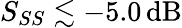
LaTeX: S_{SS}\lesssim-5.0\, \mathrm{dB}